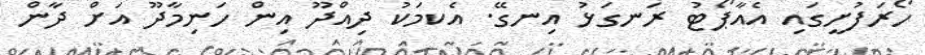
ހޯރަފުށީގައި އެއާޕޯޓު ރަނގަޅު އިނގޭ. އެކމަކު ދިއްދޫ އިން ހަނިމާދޫ އަށް ދާން